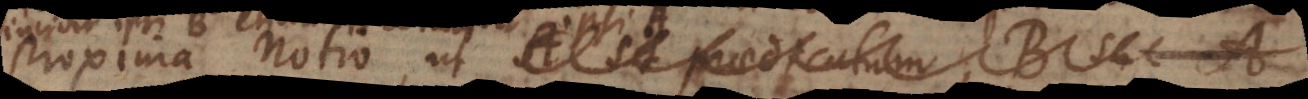
Proxima notio, ut A sit praedicatum